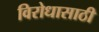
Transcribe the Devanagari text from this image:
विरोधासाठी